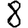
Digit: 8